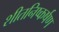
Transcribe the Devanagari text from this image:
शीतनिष्कर्षण